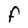
Character: f